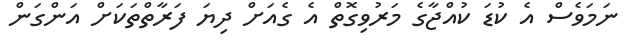
ނަމަވެސް އެ ކުޑަ ކުއްޖާގެ މަރުވިގޮތް އެ ގެއަށް ދިޔަ ފަރާތްތަކަށް އަންގަން